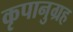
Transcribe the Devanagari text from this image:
कृपानुग्रह